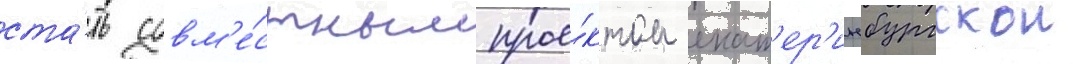
ста́ть совм'е́стным прое́ктом екат'ер'инбургскои